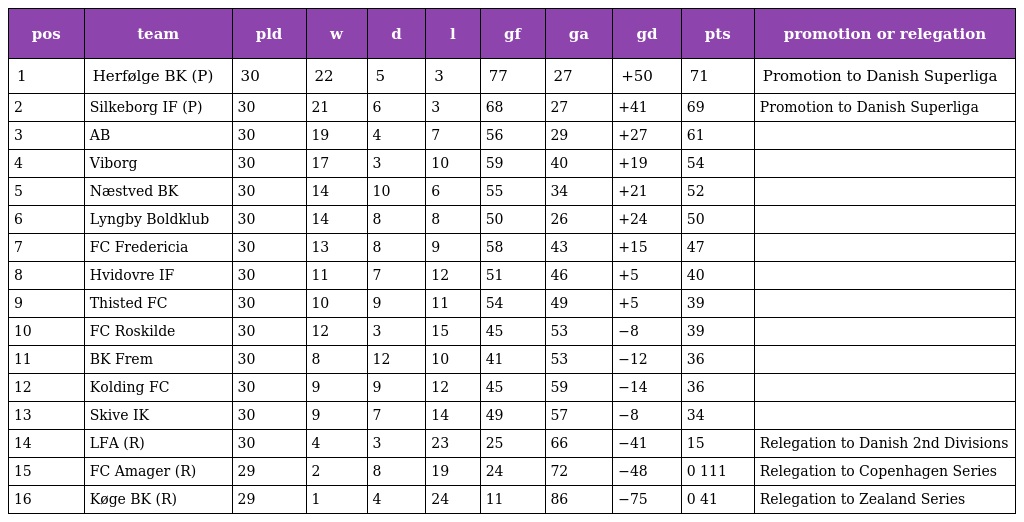
| pos | team | pld | w | d | l | gf | ga | gd | pts | promotion or relegation |
 | --- | --- | --- | --- | --- | --- | --- | --- | --- | --- | --- |
 | 1 | Herfølge BK (P) | 30 | 22 | 5 | 3 | 77 | 27 | +50 | 71 | Promotion to Danish Superliga |
 | 2 | Silkeborg IF (P) | 30 | 21 | 6 | 3 | 68 | 27 | +41 | 69 | Promotion to Danish Superliga |
 | 3 | AB | 30 | 19 | 4 | 7 | 56 | 29 | +27 | 61 |  |
 | 4 | Viborg | 30 | 17 | 3 | 10 | 59 | 40 | +19 | 54 |  |
 | 5 | Næstved BK | 30 | 14 | 10 | 6 | 55 | 34 | +21 | 52 |  |
 | 6 | Lyngby Boldklub | 30 | 14 | 8 | 8 | 50 | 26 | +24 | 50 |  |
 | 7 | FC Fredericia | 30 | 13 | 8 | 9 | 58 | 43 | +15 | 47 |  |
 | 8 | Hvidovre IF | 30 | 11 | 7 | 12 | 51 | 46 | +5 | 40 |  |
 | 9 | Thisted FC | 30 | 10 | 9 | 11 | 54 | 49 | +5 | 39 |  |
 | 10 | FC Roskilde | 30 | 12 | 3 | 15 | 45 | 53 | −8 | 39 |  |
 | 11 | BK Frem | 30 | 8 | 12 | 10 | 41 | 53 | −12 | 36 |  |
 | 12 | Kolding FC | 30 | 9 | 9 | 12 | 45 | 59 | −14 | 36 |  |
 | 13 | Skive IK | 30 | 9 | 7 | 14 | 49 | 57 | −8 | 34 |  |
 | 14 | LFA (R) | 30 | 4 | 3 | 23 | 25 | 66 | −41 | 15 | Relegation to Danish 2nd Divisions |
 | 15 | FC Amager (R) | 29 | 2 | 8 | 19 | 24 | 72 | −48 | 0 111 | Relegation to Copenhagen Series |
 | 16 | Køge BK (R) | 29 | 1 | 4 | 24 | 11 | 86 | −75 | 0 41 | Relegation to Zealand Series |